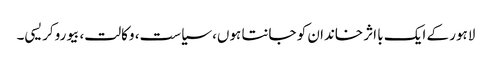
لاہور کے ایک با اثر خاندان کو جانتا ہوں، سیاست، وکالت، بیوروکریسی۔